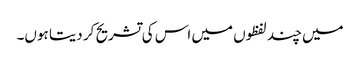
میں چند لفظوں میں اس کی تشریح کر دیتا ہوں۔